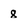
Character: 8